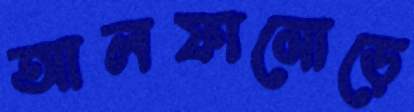
আলফামোড়ে